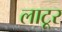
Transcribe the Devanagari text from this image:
लाटूर